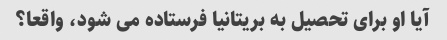
آیا او برای تحصیل به بریتانیا فرستاده می شود، واقعا؟